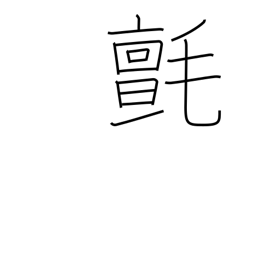
Meaning: woollen cloth or rug